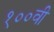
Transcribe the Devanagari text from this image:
१००वी